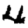
Digit: 4